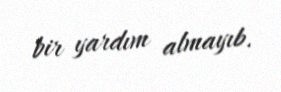
bir yardım almayıb.